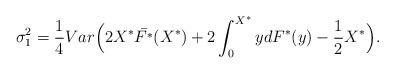
LaTeX: \begin{align*}\sigma_{1}^{2}=\frac{1}{4}Var\Big(2X^*\bar{F^*}(X^*)+2\int_{0}^{X^*}ydF^*(y)-\frac{1}{2}X^*\Big).\end{align*}